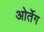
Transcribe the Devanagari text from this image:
ओर्तेग